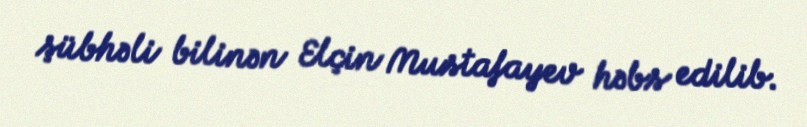
şübhəli bilinən Elçin Mustafayev həbs edilib.